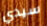
سيدي